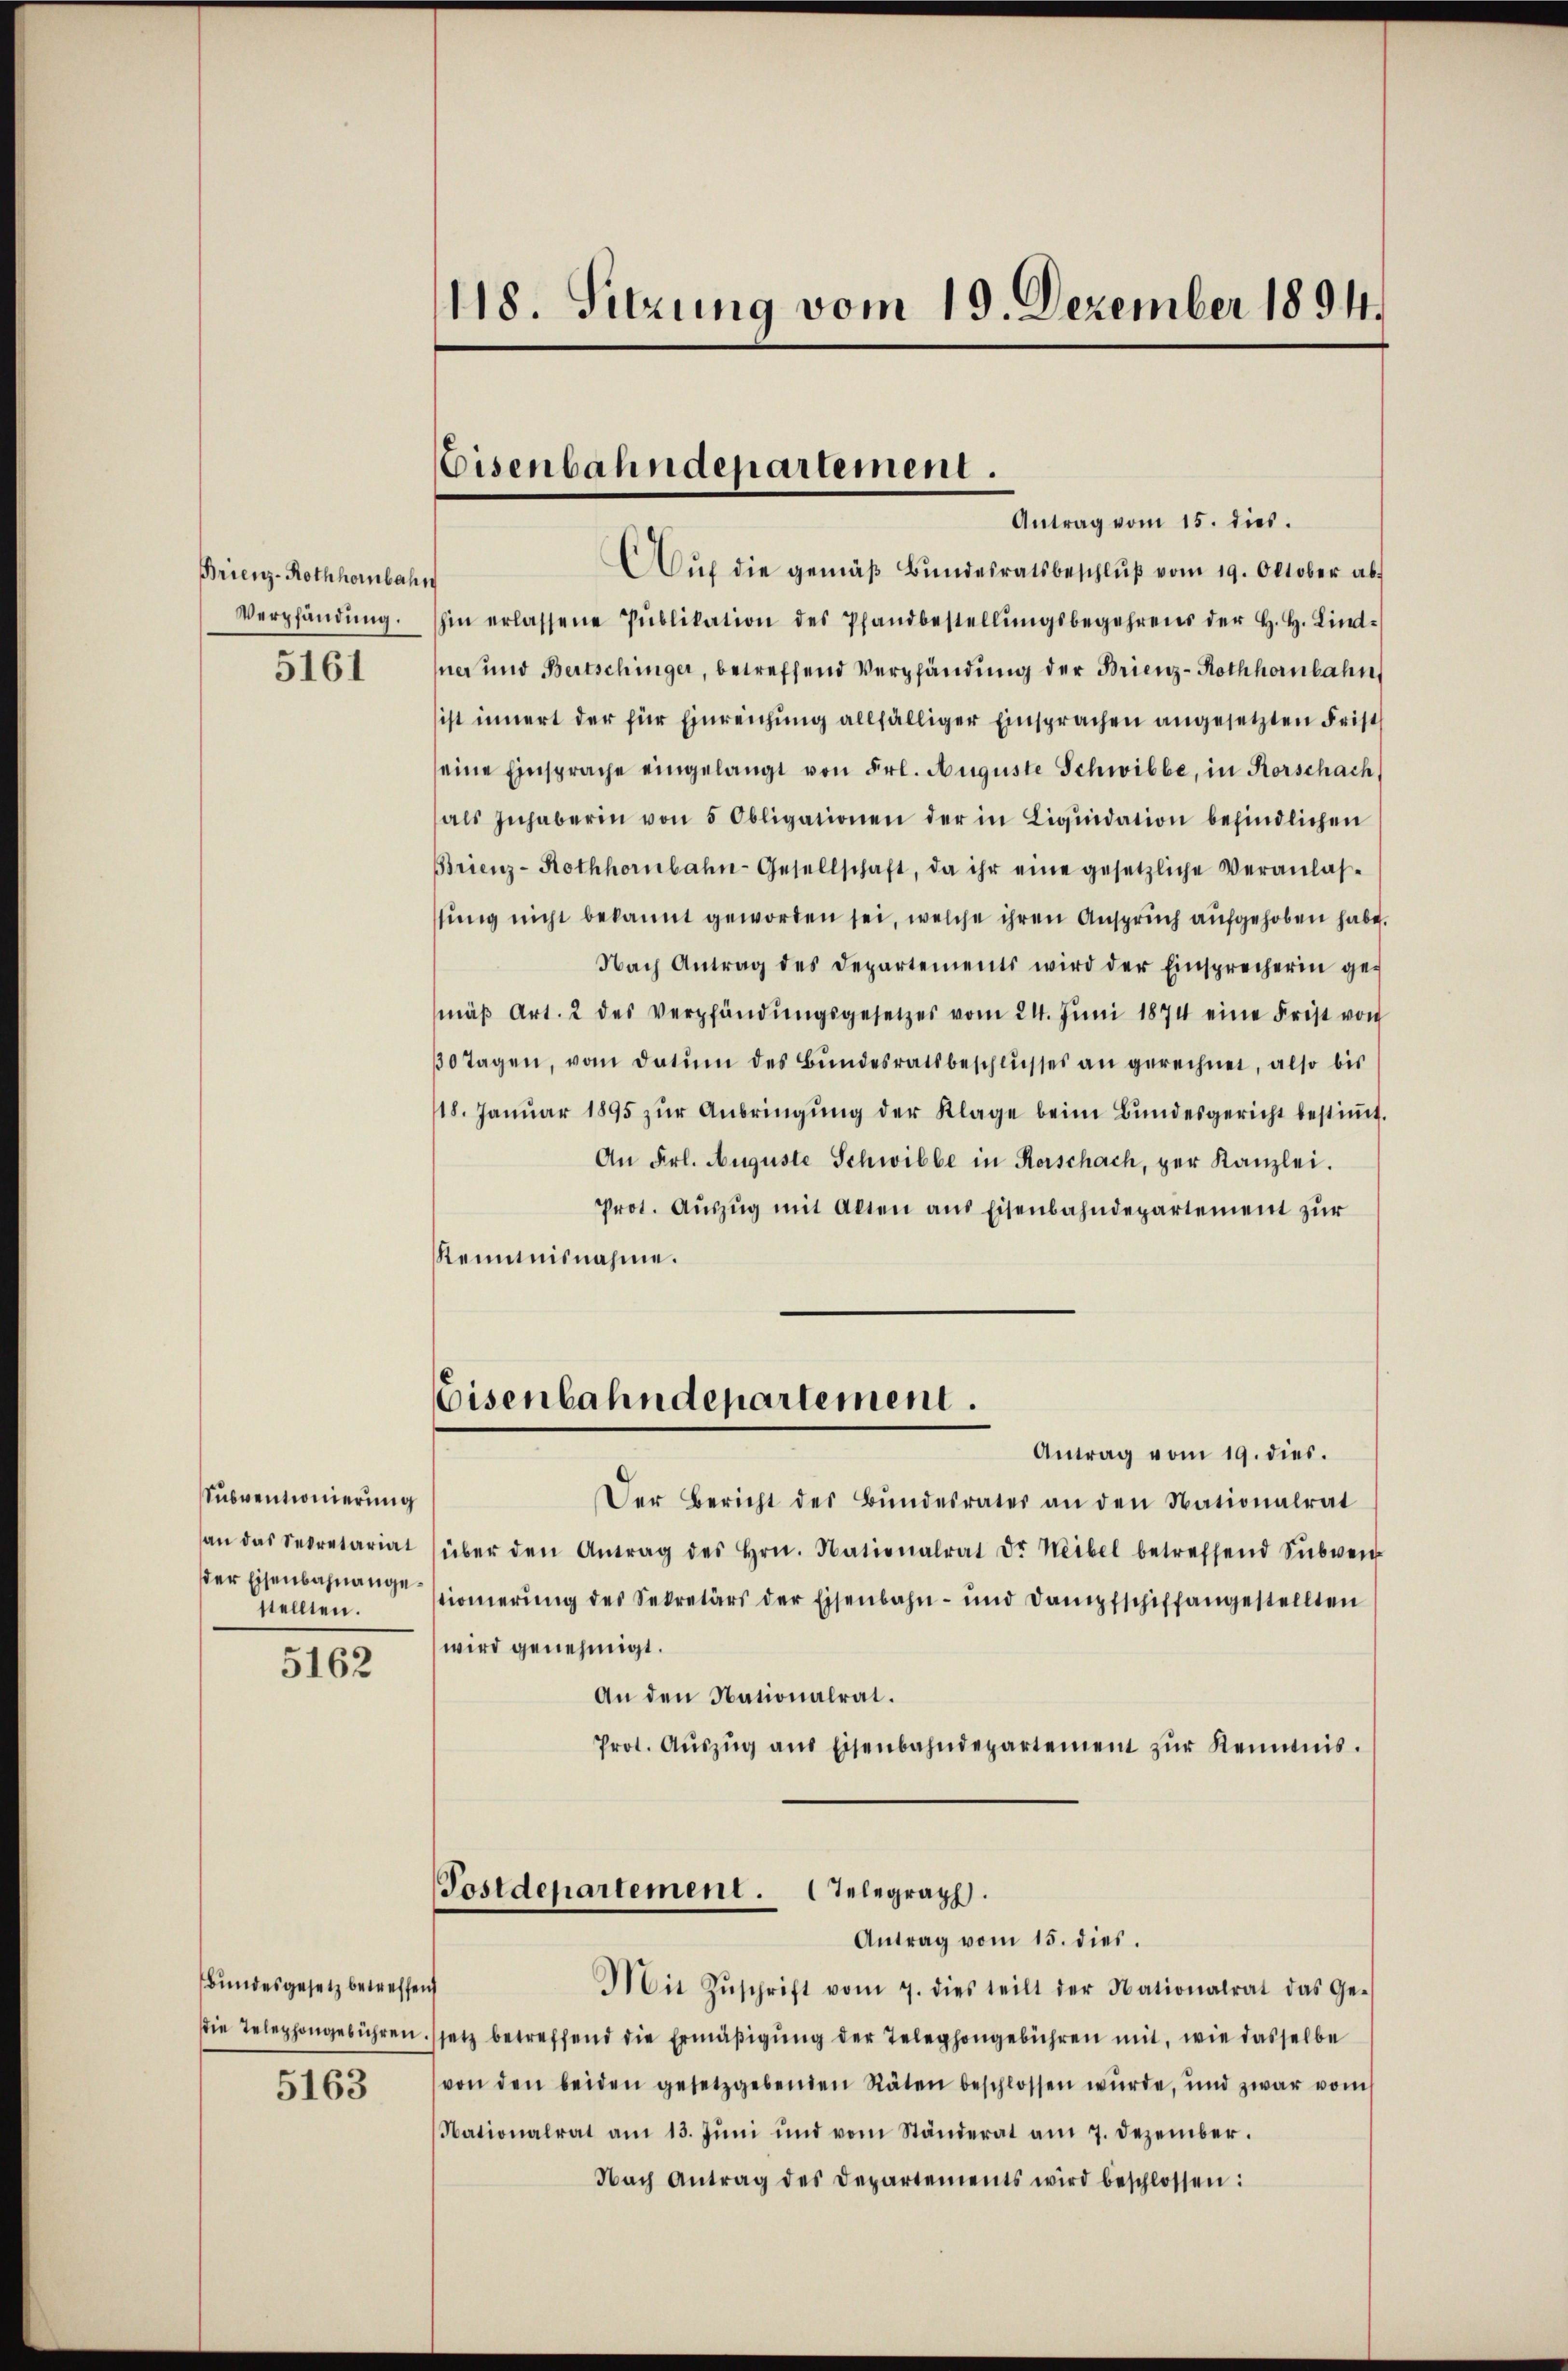
Brienz-Rothhornbach,
Verpfändung.

5161

Subventionierung
an das Secretariat
der Eisenbahnangestellten.

5162

Bundesgesetz betreffen
die Telephongebühren.

5163

118. Sitzung vom 19. Dezember 1894.

Eisenbahndepartement.
Antrag vom 15. dies.

Aŭf die gemäβ Bŭndesratsbeschlŭβ vom 19. Oktober ab
¬
hin erlassene Pŭblikation des Pfandbestellŭngsbegehrens der H. H. Lind-
ner und Bertschinger, betreffend Verpfändung der Brienz-Rothhenbahn
ist innert der für Einreichung allfälliger Einsprachen angesetzten Frist
seine Einsprache eingelangt von Frl. Auguste Schwibbe, in Rorschach,
als Inhaberin von 5 Obligationen der in Liqŭidation befindlichen
Brienz-Hothhornbahn-Gesellschaft, da ihr eine gesetzliche Veranlas-
stung nicht bekannt geworden sei, welche ihren Anspruch aufgehoben habe.
Nach Antrag des Departements wird der Einsprecherin ge-
mäβ Art. 2 des Verpfändŭngsgesetzes vom 24. Jŭni 1874 eine Frist von
30 Tagen, vom Datum des Bŭndesratsbeschlŭsses an gerechnet, also bis
118. Janŭar 1895 zŭr Anbringŭng der Klage beim Bŭndesgericht bestiṁt.
An Frl. Auguste Schwibbe in Kerschach, per Kanzlei.
Prot. Aŭszŭg mit Alten aus Eisenbahndepartement zur
Kenntnisnahme.
Eisenbahndepartement.
Antrag vom 19. dies.
Der Bericht des Bŭndesrater an den Nationalrat
über den Antrag des Hrn. Nationalrat Dr. Weibel betreffend Sŭbven
tionierŭng des Sekretärs der Eisenbahn- und Dampfschiffangestellten
wird genehmigt.
An den Nationalrat.
Prot. Aŭszŭg aŭs Eisenbahndepartement zŭr Kenntnis.
Postdepartement. Telegraph.
Antrag vom 15. dies.
Mit Zŭschrift vom 7. dies teilt der Nationalrat das Ge-
setz betreffend die Ermäβigŭng der Telephongebühren mit, wie dasselbe
von den beiden gesetzgebenden Räten beschlossen wurde, und zwar vom
Nationalrat am 13. Juni und vom Ständerat am 7. Dezember.
Nach Antrag des Departements wird beschlossen: